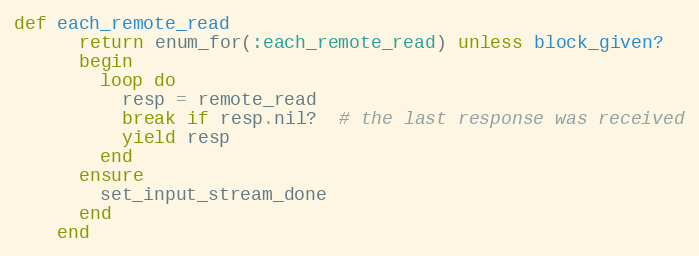
Language: Ruby
def each_remote_read
      return enum_for(:each_remote_read) unless block_given?
      begin
        loop do
          resp = remote_read
          break if resp.nil?  # the last response was received
          yield resp
        end
      ensure
        set_input_stream_done
      end
    end